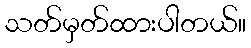
သတ်မှတ်ထားပါတယ်။